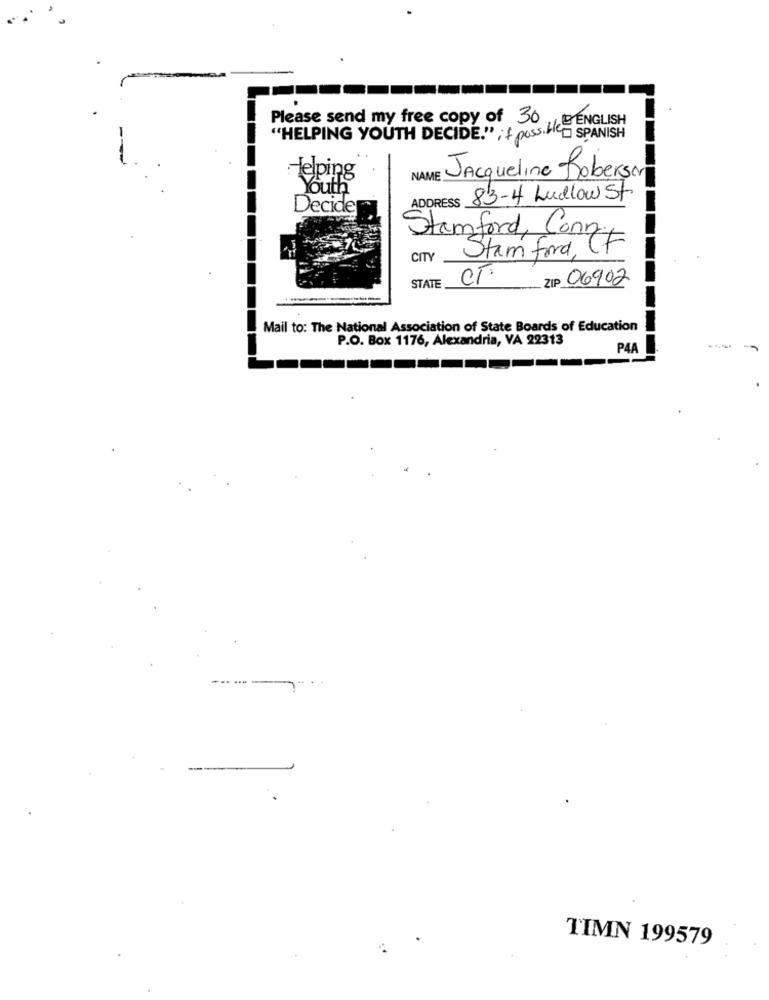
Please send my free copy of 30
ENGLISH
--
"HELPING YOUTH DECIDE." if possible SPANISH
Helping
NAME
Jacqueline Roberson
buth
83-4 Ludlow St
Decide
ADDRESS
Stamford, Conn .,
Stam ford, Ct
CITY
CT.
ZIP 06902
STATE
Mail to: The National Association of State Boards of Education
P.O. Box 1176, Alexandria, VA 22313
P4A
--- -
TIMN 199579